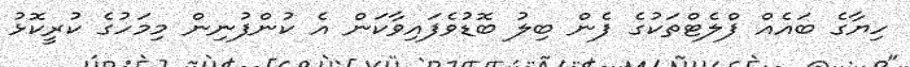
ހިޔާގެ ބައެއް ފްލެޓްތަކުގެ ފެން ބިލު ބޮޑުވެފައިވާކަން އެ ކުންފުނިން މިމަހުގެ ކުރީކޮޅު